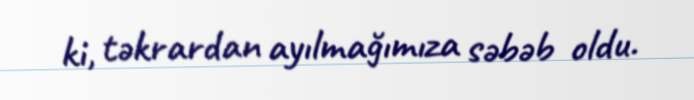
ki, təkrardan ayılmağımıza səbəb oldu.